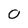
Character: 0